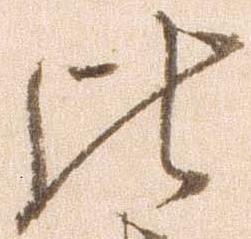
比